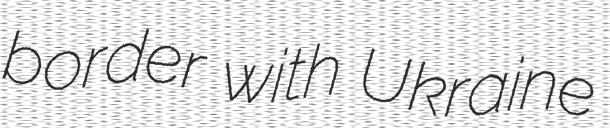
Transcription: border with Ukraine